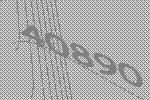
40890